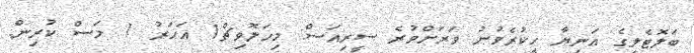
ބަލޮޓެލީގެ އަނިޔާ ހީކުރެވުނު ވަރަށްވުރެ ސީރިއަސް: މިހަލޮވިޗް1 އަހަރު 1 މަސް ކުރިން.